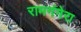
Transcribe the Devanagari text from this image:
रामगंगेरा